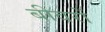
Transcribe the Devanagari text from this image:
बीवरों